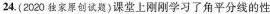
24.(2020独家原创试题)课堂上刚刚学习了角平分线的性